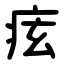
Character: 痃